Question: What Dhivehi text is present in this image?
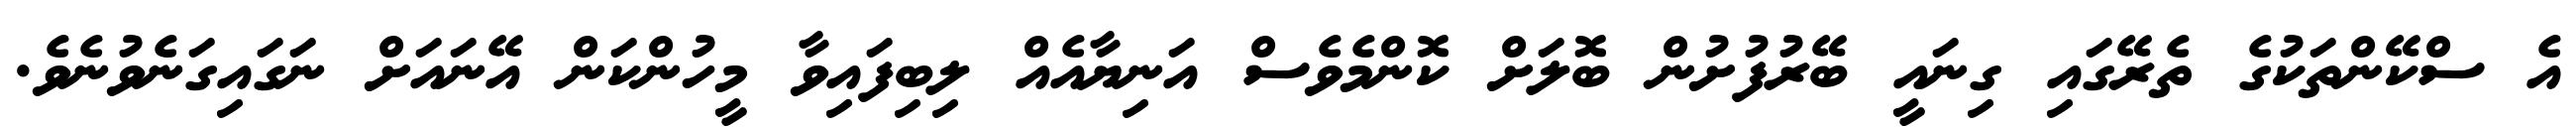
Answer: އެ ސްކޭންތަކުގެ ތެރޭގައި ގިނައީ ބޭރުފުށުން ބޮލަށް ކޮންމެވެސް އަނިޔާއެއް ލިބިފައިވާ މީހުންކަން އޭނައަށް ނަގައިގަނެވުނެވެ.